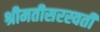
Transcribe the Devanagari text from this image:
श्रीमतीसरस्‍वती